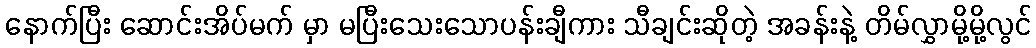
နောက်ပြီး ဆောင်းအိပ်မက် မှာ မပြီးသေးသောပန်းချီကား သီချင်းဆိုတဲ့ အခန်းနဲ့ တိမ်လွှာမို့မို့လွင်